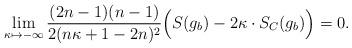
LaTeX: \begin{align*}\lim_{\kappa\mapsto-\infty}\frac{(2n-1)(n-1)}{2(n\kappa+1-2n)^2}\Big(S(g_b)-2\kappa\cdot S_C(g_b)\Big)=0.\end{align*}